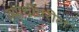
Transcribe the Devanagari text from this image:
व्याधींवरील